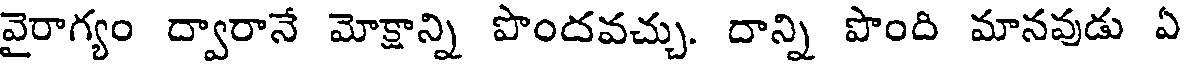
వైరాగ్యం ద్వారానే మోక్షాన్ని పొందవచ్చు. దాన్ని పొంది మానవుడు ఏ